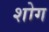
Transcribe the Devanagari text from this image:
शोग